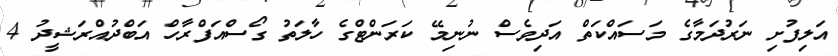
އަލިފުށި ނަރުދަމާގެ މަސައްކަތް އަދިވެސް ނުނިމޭ ކަރަންޓްގެ ހާލަތު ގޯސްއަފްރާހް އަބްދުއްްރަޝީދު 4